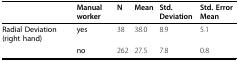
|  | Manual worker | N | Mean | Std. Deviation | Std. Error Mean |
 | --- | --- | --- | --- | --- | --- |
 | Radial Deviation (right hand) | yes | 38 | 38.0 | 8.9 | 5.1 |
 |  | no | 262 | 27.5 | 7.8 | 0.8 |